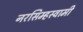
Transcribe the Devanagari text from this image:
नरसिम्हस्वामी